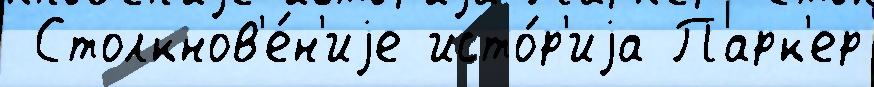
 Столкнов'е́н'иjе исто́р'иjа Парк'ер